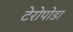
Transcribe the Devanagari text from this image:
टेरोपोडा